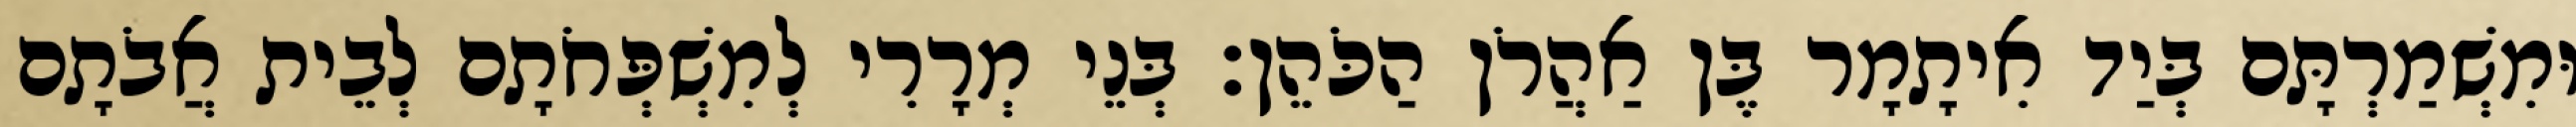
וּמִשְׁמַרְתָּם בְּיַד אִיתָמָר בֶּן אַהֲרֹן הַכֹּהֵן׃ בְּנֵי מְרָרִי לְמִשְׁפְּחֹתָם לְבֵית אֲבֹתָם